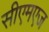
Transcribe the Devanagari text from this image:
सीएमएज